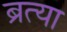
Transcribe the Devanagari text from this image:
ब्रत्या